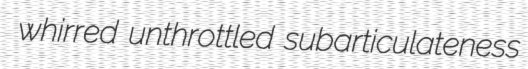
whirred unthrottled subarticulateness